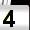
Digit: 4